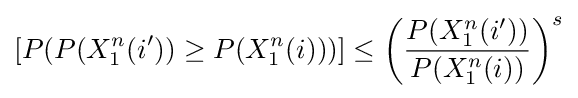
\left[P(P(X_{1}^{n}(i'))\geq P(X_{1}^{n}(i)))\right]\leq \left({\frac {P(X_{1}^{n}(i'))}{P(X_{1}^{n}(i))}}\right)^{s}